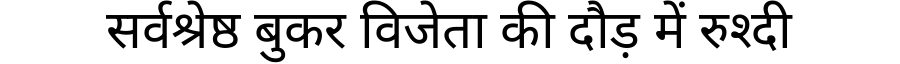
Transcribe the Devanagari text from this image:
सर्वश्रेष्ठ बुकर विजेता की दौड़ में रुश्दी